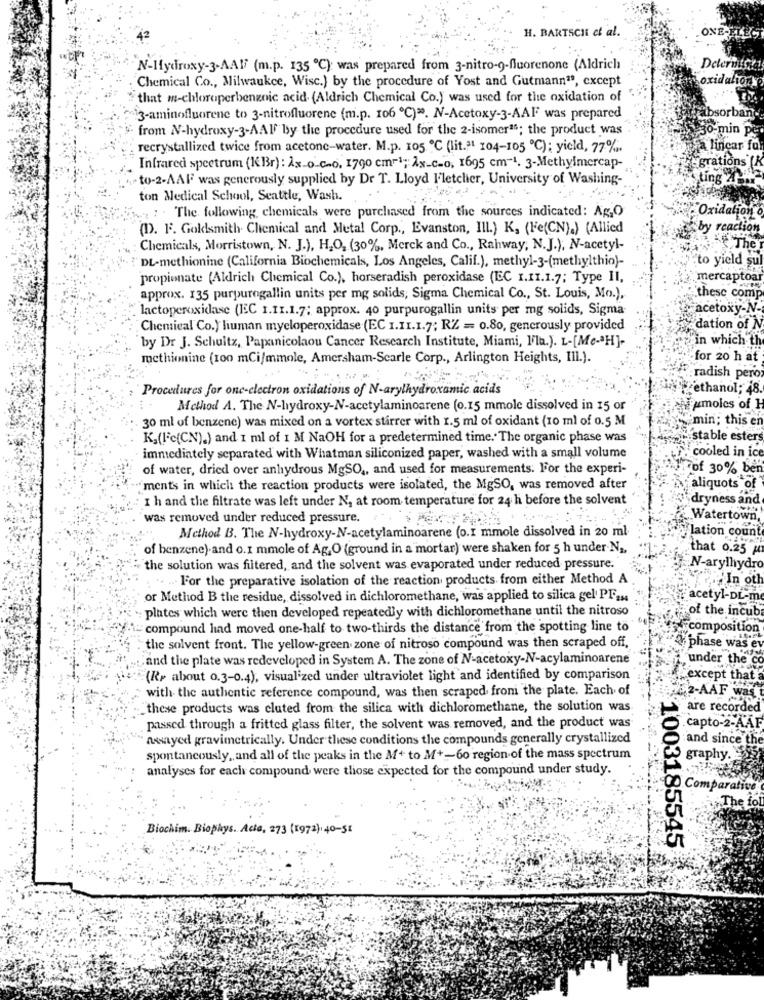
H. BARTSCH et al.
ONE-LLEG
N-Hydroxy-3-AAIf (m.p. 135 ℃); was prepared from 3-nitro-9-fluorenone (Aldrich
Deterbici
oxidaliory
Chemical Co ., Milwaukee, Wisc.) by the procedure of Yost and Gutmann", except
that m-chloroperbenzoic acid. (Aldrich Chemical Co.) was used for the oxidation of
3-aminofluorene to 3-nitrofluorene (m.p. 106 ℃)". N-Acetoxy-3-AAF was prepared
ibsorban.
from N-hydroxy-3-AAI By the procedure used for the 2-isomer"; the product was
30 min pe
recrystallized twice from acetone-water. M.p. 105 ℃ (lit.ª1 104-105 ℃); yield, 77%.
a lincar for
-grations (K
Infrared spectrum (KBr): Ax-o-c.o. 1790 cm-1; x_c-0, 1695 cm-1. 3-Methylmercap-
4to-2-AAF was generously supplied by Dr T. Lloyd Fletelier, University of Washing-
ting Zby
ton Medical School, Seattle, Wash.
: The following chemicals were purchased from the sources indicated: AGO
Oxidation o
(D). F. Goldsmith. Chemical and Metal Corp ., Evanston, III.) K, (Fe(CN).) (Allied
by reaction
Chemicals, Morristown, N. J.), H2O2 (30%, Merck and Co ., Rahway, N.J.), N-acetyl-
The
"to yield sul
DL-methionine (California Biochemicals, Los Angeles, Calif.), methyl-3-(methylthio)-
propionate (Aldrich Chemical Co.), horseradish peroxidase (EEC I.II.1.7; Type II,
mercaptoa
approx. 135 purpurogallin units per mg solids, Sigma Chemical Co ., St. Louis, Mo.),
these comp
. lactoperoxidase (IEC 1.11.1.7; approx. 40 purpurogallin units per mg solids, Sigma-
acetoxy-N-
Chemical Co.) human myeloperoxidase (EC 1.11.1.7; RZ = 0.80, generously provided
dation of N
by Dr J. Schultz, Papanicolaou Cancer Research Institute, Miami, Fla.). L-[Me-ªH]-
in which th
methionine (100 mCi/mmole, Amersham-Scarle Corp ., Arlington Heights, Ill.).
for 20 h at
radish pero
Procedures for one-electron oxidations of N-arylhydroxamic acids
ethanol; 48.
Method A. The N-hydroxy-N-acetylaminoarene (0.15 mmole dissolved in 15 or
umoles of H
30 ml of benzene) was mixed on a vortex stirrer with 1.5 ml of oxidant (10 ml of 0.5 M
¿min; this en
K,(IFc(CN).) and 1 ml of 1 M NaOH for a predetermined time. The organic phase was
stable esters
cooled in ice
immediately separated with Whatman siliconized paper, washed with a small volume
of water, dried over anhydrous MgSO ,, and used for measurements. For the experi-
7of 30% ben
ments in which the reaction products were isolated, the MgSO, was removed after
aliquots of
I h and the filtrate was left under N, at room temperature for 24 h before the solvent
dryness and
was removed under reduced pressure.
Watertown,
Method B. The N-hydroxy-N-acetylaminoarene (o.I mmole dissolved in 20 ml
lation count
of benzene) and o.1 mmole of Ag,O (ground in a mortar) were shaken for 5 h under.Na,
that 0.25 p
the solution was filtered, and the solvent was evaporated under reduced pressure.
:N-arylhydro
. .. .. For the preparative isolation of the reaction products from either Method A
In oth
or Method B the residue, dissolved in dichloromethane, was applied to silica gel PF2 ..
acetyl-DL-me
plates which were then developed repeatedly with dichloromethane until the nitroso
of the incub
-compound lad moved one-half to two-thirds the distance from the spotting line to
composition
the solvent front. The yellow-green zone of nitroso compound was then scraped off,
phase was ev
,and the plate was redeveloped in System A. The zone of N-acetoxy-N-acylaminoarene
under the co
(Rr about 0.3-0.4), visualized under ultraviolet light and identified by comparison
except that
with the authentic reference compound, was then scraped froni the plate. Each of
62-AAF was.
these products was cluted from the silica with dichloromethane, the solution was
are recorded
.capto-2-AAF
passed through a fritted glass filter, the solvent was removed, and the product was
assayed gravimetrically. Under these conditions the compounds generally crystallized
and since the
spontaneously, and all of the peaks in the M+ to M+-60 region of the mass spectrum
graphy.
analyses for each compound were those expected for the compound under study.
Comparative
The to
Biochim. Biophys. Acto, 273 (1972), 40-51
1003185545